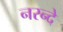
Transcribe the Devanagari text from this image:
नरन्दे